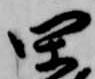
閑